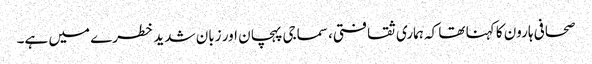
صحافی ہارون کا کہنا تھا کہ ہماری ثقافتی، سماجی پہچان اور زبان شدید خطرے میں ہے۔